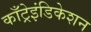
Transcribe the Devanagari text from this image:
काँट्रेइंडिकेशन